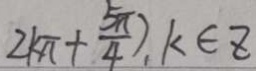
2 k \pi + \frac { 5 \pi } { 4 } ) , k \in z